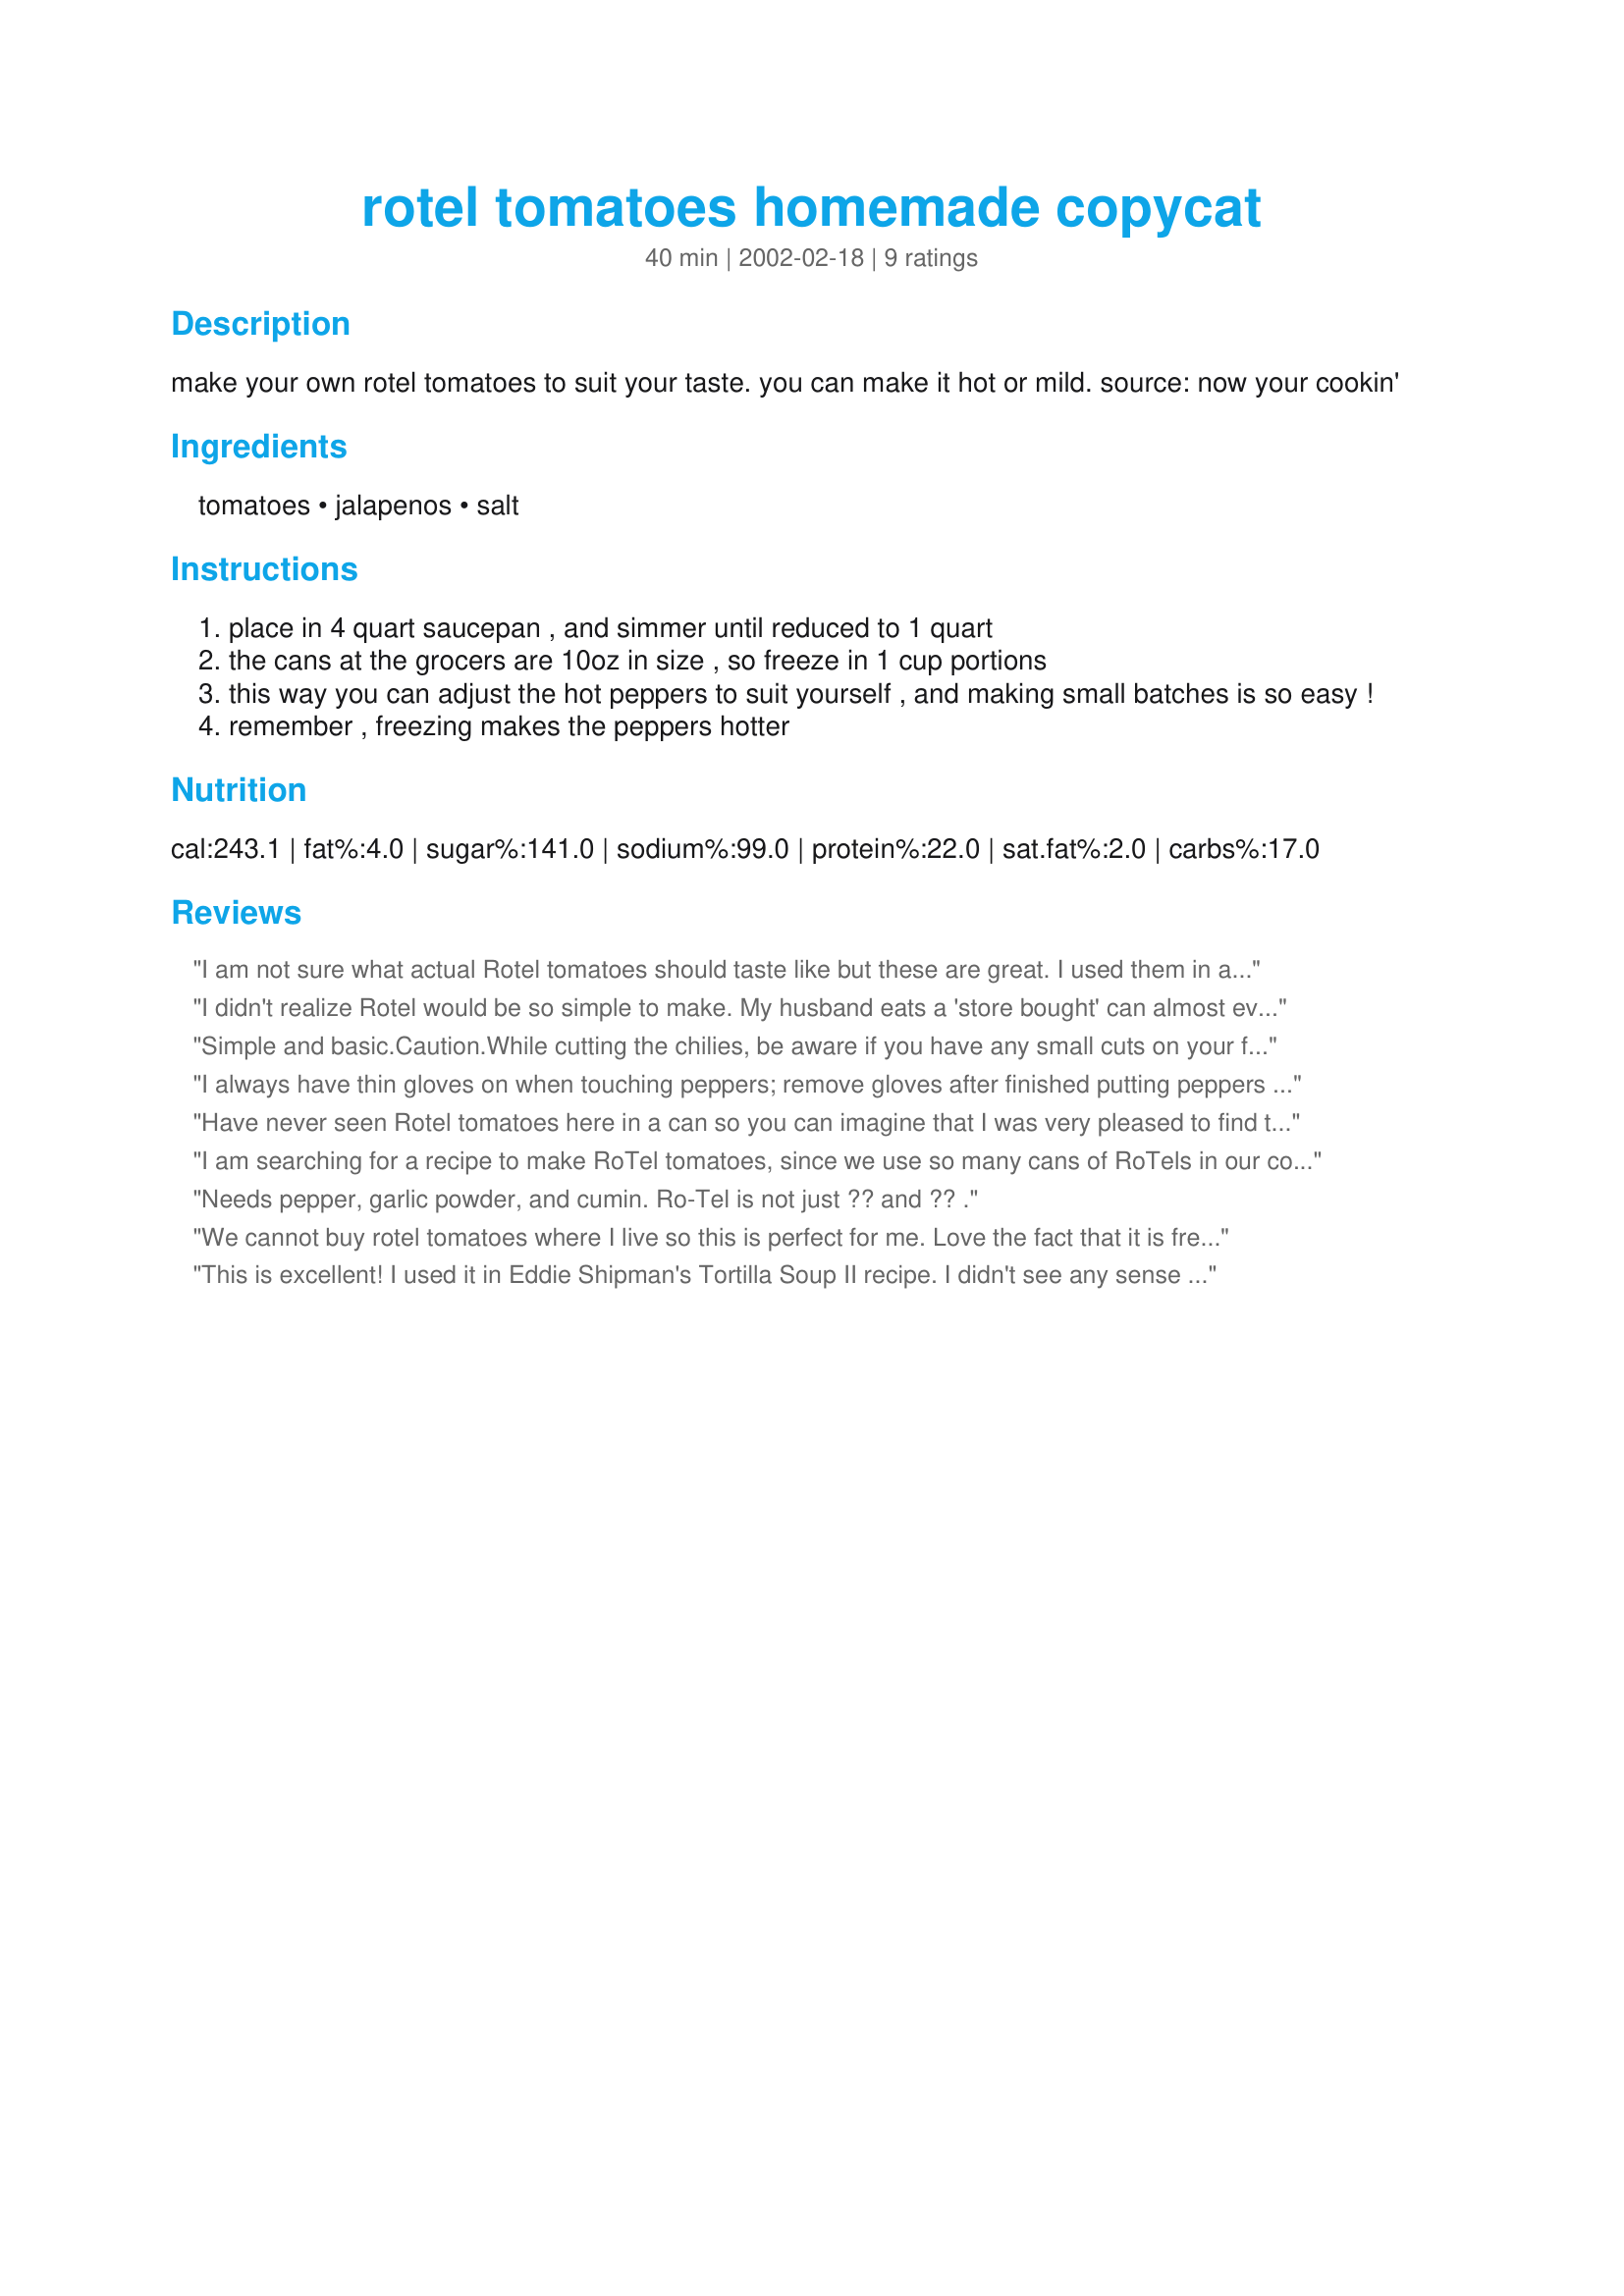
rotel tomatoes homemade copycat
Preparation time: 40 minutes

make your own rotel tomatoes to suit your taste. you can make it hot or mild. source: now your cookin'

Ingredients:
tomatoes, jalapenos, salt

Steps:
place in 4 quart saucepan , and simmer until reduced to 1 quart
the cans at the grocers are 10oz in size , so freeze in 1 cup portions
this way you can adjust the hot peppers to suit yourself , and making small batches is so easy !
remember , freezing makes the peppers hotter

Reviews:
I am not sure what actual Rotel tomatoes should taste like but these are great. I used them in a recipe the other that called for Rotels and you cant buy them here so I made this recipe. Worked great, they would be great on hand for chili, casseroles or spaghetti sauce.
I didn't realize Rotel would be so simple to make. My husband eats a 'store bought' can almost every day. He says it's better than rotel. A great way to use up summer tomatoes. I did can instead of freezing ( Water bath for 15 minutes). Also when cooking down the juice, I just cooked until it looked right. It was perfect.
Simple and basic.Caution.While cutting the chilies, be aware if you have any small cuts on your fingers , the juices will burn.Also avoid touching your face or sensetive areas until you THOROGHLY was your hands!
I always have thin gloves on when touching peppers; remove gloves after finished putting peppers in the pot, and washing dishes you used while cutting them; remove gloves and put in garbage, wash hands again.
Have never seen Rotel tomatoes here in a can so you can imagine that I was very pleased to find this recipe. So easy to make and great taste. Used some for a pastasauce, a casserole and a chili. One batch I just had as it was, as a sauce over rice one day when I was too hurried to make anything "elaborate". This will certainly be made again when I run out of my freezer-stored batches, want to have it on hand. Thanks for posting.
I am searching for a recipe to make RoTel tomatoes, since we use so many cans of RoTels in our cooking but this recipe seems to be lacking in ingredients. I would think it would have more than tomatoes and jalapenos in it, so I will continue my search unless anyone here has a tried and true recipe to share.
Needs pepper, garlic powder, and cumin. Ro-Tel is not just ?? and ?? .
We cannot buy rotel tomatoes where I live so this is perfect for me. Love the fact that it is freezable. Thank you!
This is excellent! I used it in Eddie Shipman's Tortilla Soup II recipe. 
I didn't see any sense in buying Rotel when I had so many tomatoes canned already.
I used 2 quarts of tomatoes, and made it mild, as my husband doesn't like things too spicy, but I do, so I could "spice up mine with extra jalapenos", and we both had an easy, delicious supper, courtesy of Miss Annie, and Eddie Shipman, thanks, this definitely is good. I've yet to try anything of Miss Annie's that hasn't been something we loved, I like the way they do it in Texas. ;) 
I've bought Rotel once or twice, but this IS better!
